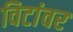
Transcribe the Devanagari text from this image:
विटांवर